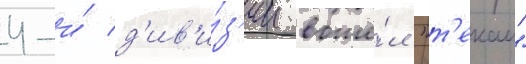
4-и́ д'ив'и́з'ии вошё́л "т'екаи"